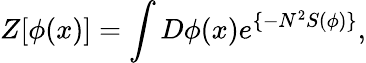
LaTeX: Z[\phi(x)]=\int D\phi(x)e^{\{ -N^{2}S(\phi)\} },